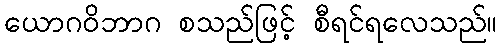
ယောဂဝိဘာဂ စသည်ဖြင့် စီရင်ရလေသည်။